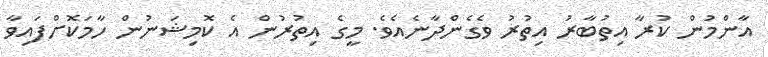
އާންމުން ކުރާ އިތުބާރު އިތުރު ވެގެންދާނެއެވެ. މީގެ އިތުރުން އެ ކޮމިޝަނުން ހާމަކޮށްފައިވާ